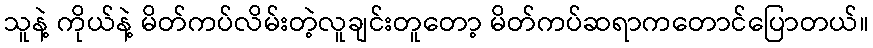
သူနဲ့ ကိုယ်နဲ့ မိတ်ကပ်လိမ်းတဲ့လူချင်းတူတော့ မိတ်ကပ်ဆရာကတောင်ပြောတယ်။